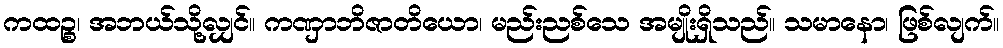
ကထဉ္စ၊ အဘယ်သို့လျှင်။ ကဏှာဘိဇာတိယော၊ မည်းညစ်သေ အမျိုးရှိသည်။ သမာနော၊ ဖြစ်လျက်။